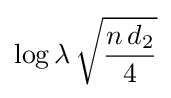
\log {\lambda }\,{\sqrt {\frac {n\,d_{2}}{4}}}